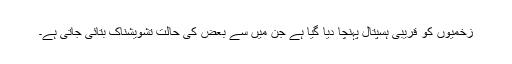
زخمیوں کو قریبی ہسپتال پہنچا دیا گیا ہے جن میں سے بعض کی حالت تشویشناک بتائی جاتی ہے۔